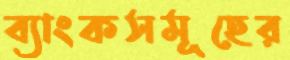
ব্যাংকসমূহের